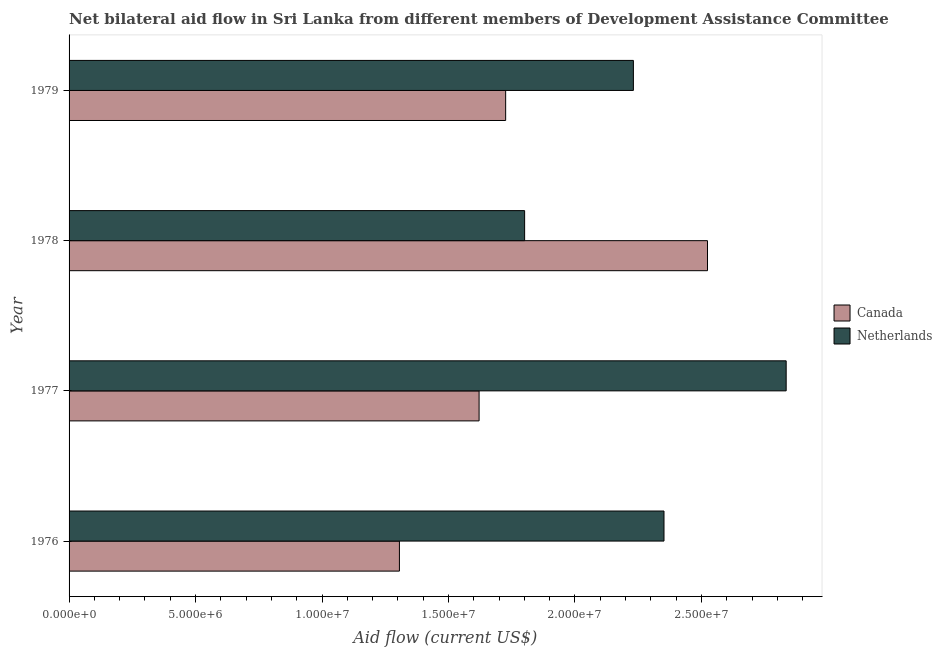
| Year | Canada | Netherlands |
 | --- | --- | --- |
 | 1976 | 1.31e+07 | 2.35e+07 |
 | 1977 | 1.62e+07 | 2.84e+07 |
 | 1978 | 2.52e+07 | 1.8e+07 |
 | 1979 | 1.73e+07 | 2.23e+07 |